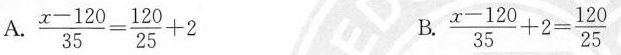
A. $$\frac { x - 1 2 0 } { 3 5 } = \frac { 1 2 0 } { 2 5 } + 2$$ B. $$\frac { x - 1 2 0 } { 3 5 } + 2 = \frac { 1 2 0 } { 2 5 }$$